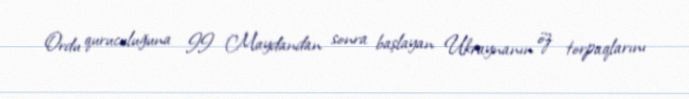
Ordu quruculuğuna II Maydandan sonra başlayan Ukraynanın öz torpaqlarını